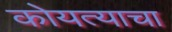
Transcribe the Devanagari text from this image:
कोयत्याचा